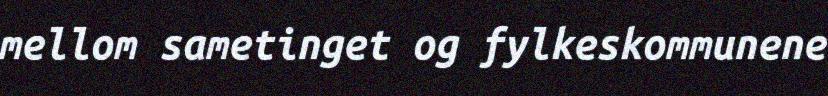
mellom sametinget og fylkeskommunene